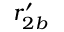
r _ { 2 b } ^ { \prime }